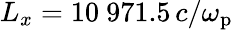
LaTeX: L_{x}=10~971.5\, c/\omega_{\mathrm{p}}